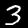
Digit: 3